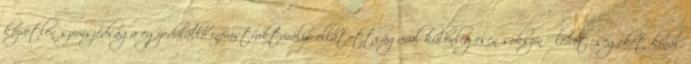
közvetlen szomszédsága egyedülálló infrastrukturális ellátottságával különlegesen sokszínű lehetőségeket kínál.